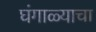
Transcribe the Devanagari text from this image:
घंगाळ्याचा